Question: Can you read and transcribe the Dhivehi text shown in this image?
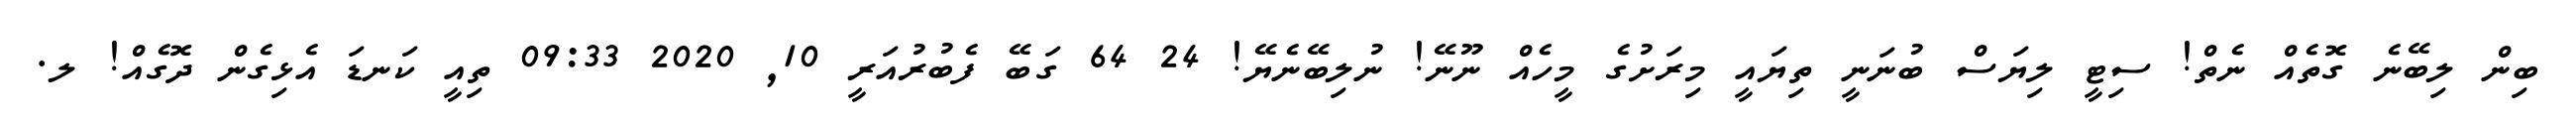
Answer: ބިން ލިބޭނެ ގޮތެއް ނެތް! ސިޓީ ލިޔަސް ބުނަނީ ތިޔައީ މިރަށުގެ މީހެއް ނޫނޭ! ނުލިބޭނެޔޭ! 24 64 ގަބޭ ފެބުރުއަރީ 10, 2020 09:33 ތިއީ ކަނޑަ އެޅިގެން ދޮގެއް! ލ.